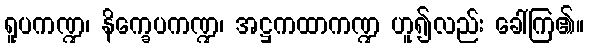
ရူပကဏ္ဍ၊ နိက္ခေပကဏ္ဍ၊ အဋ္ဌကထာကဏ္ဍ ဟူ၍လည်း ခေါ်ကြ၏။